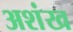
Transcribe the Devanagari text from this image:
अशंख